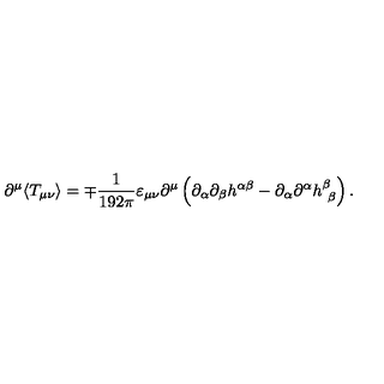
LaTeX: \partial ^ { \mu } \langle T _ { \mu \nu } \rangle = \mp \frac { 1 } { 1 9 2 \pi } \varepsilon _ { \mu \nu } \partial ^ { \mu } \left( \partial _ { \alpha } \partial _ { \beta } h ^ { \alpha \beta } - \partial _ { \alpha } \partial ^ { \alpha } h _ { \ \beta } ^ { \beta } \right) .